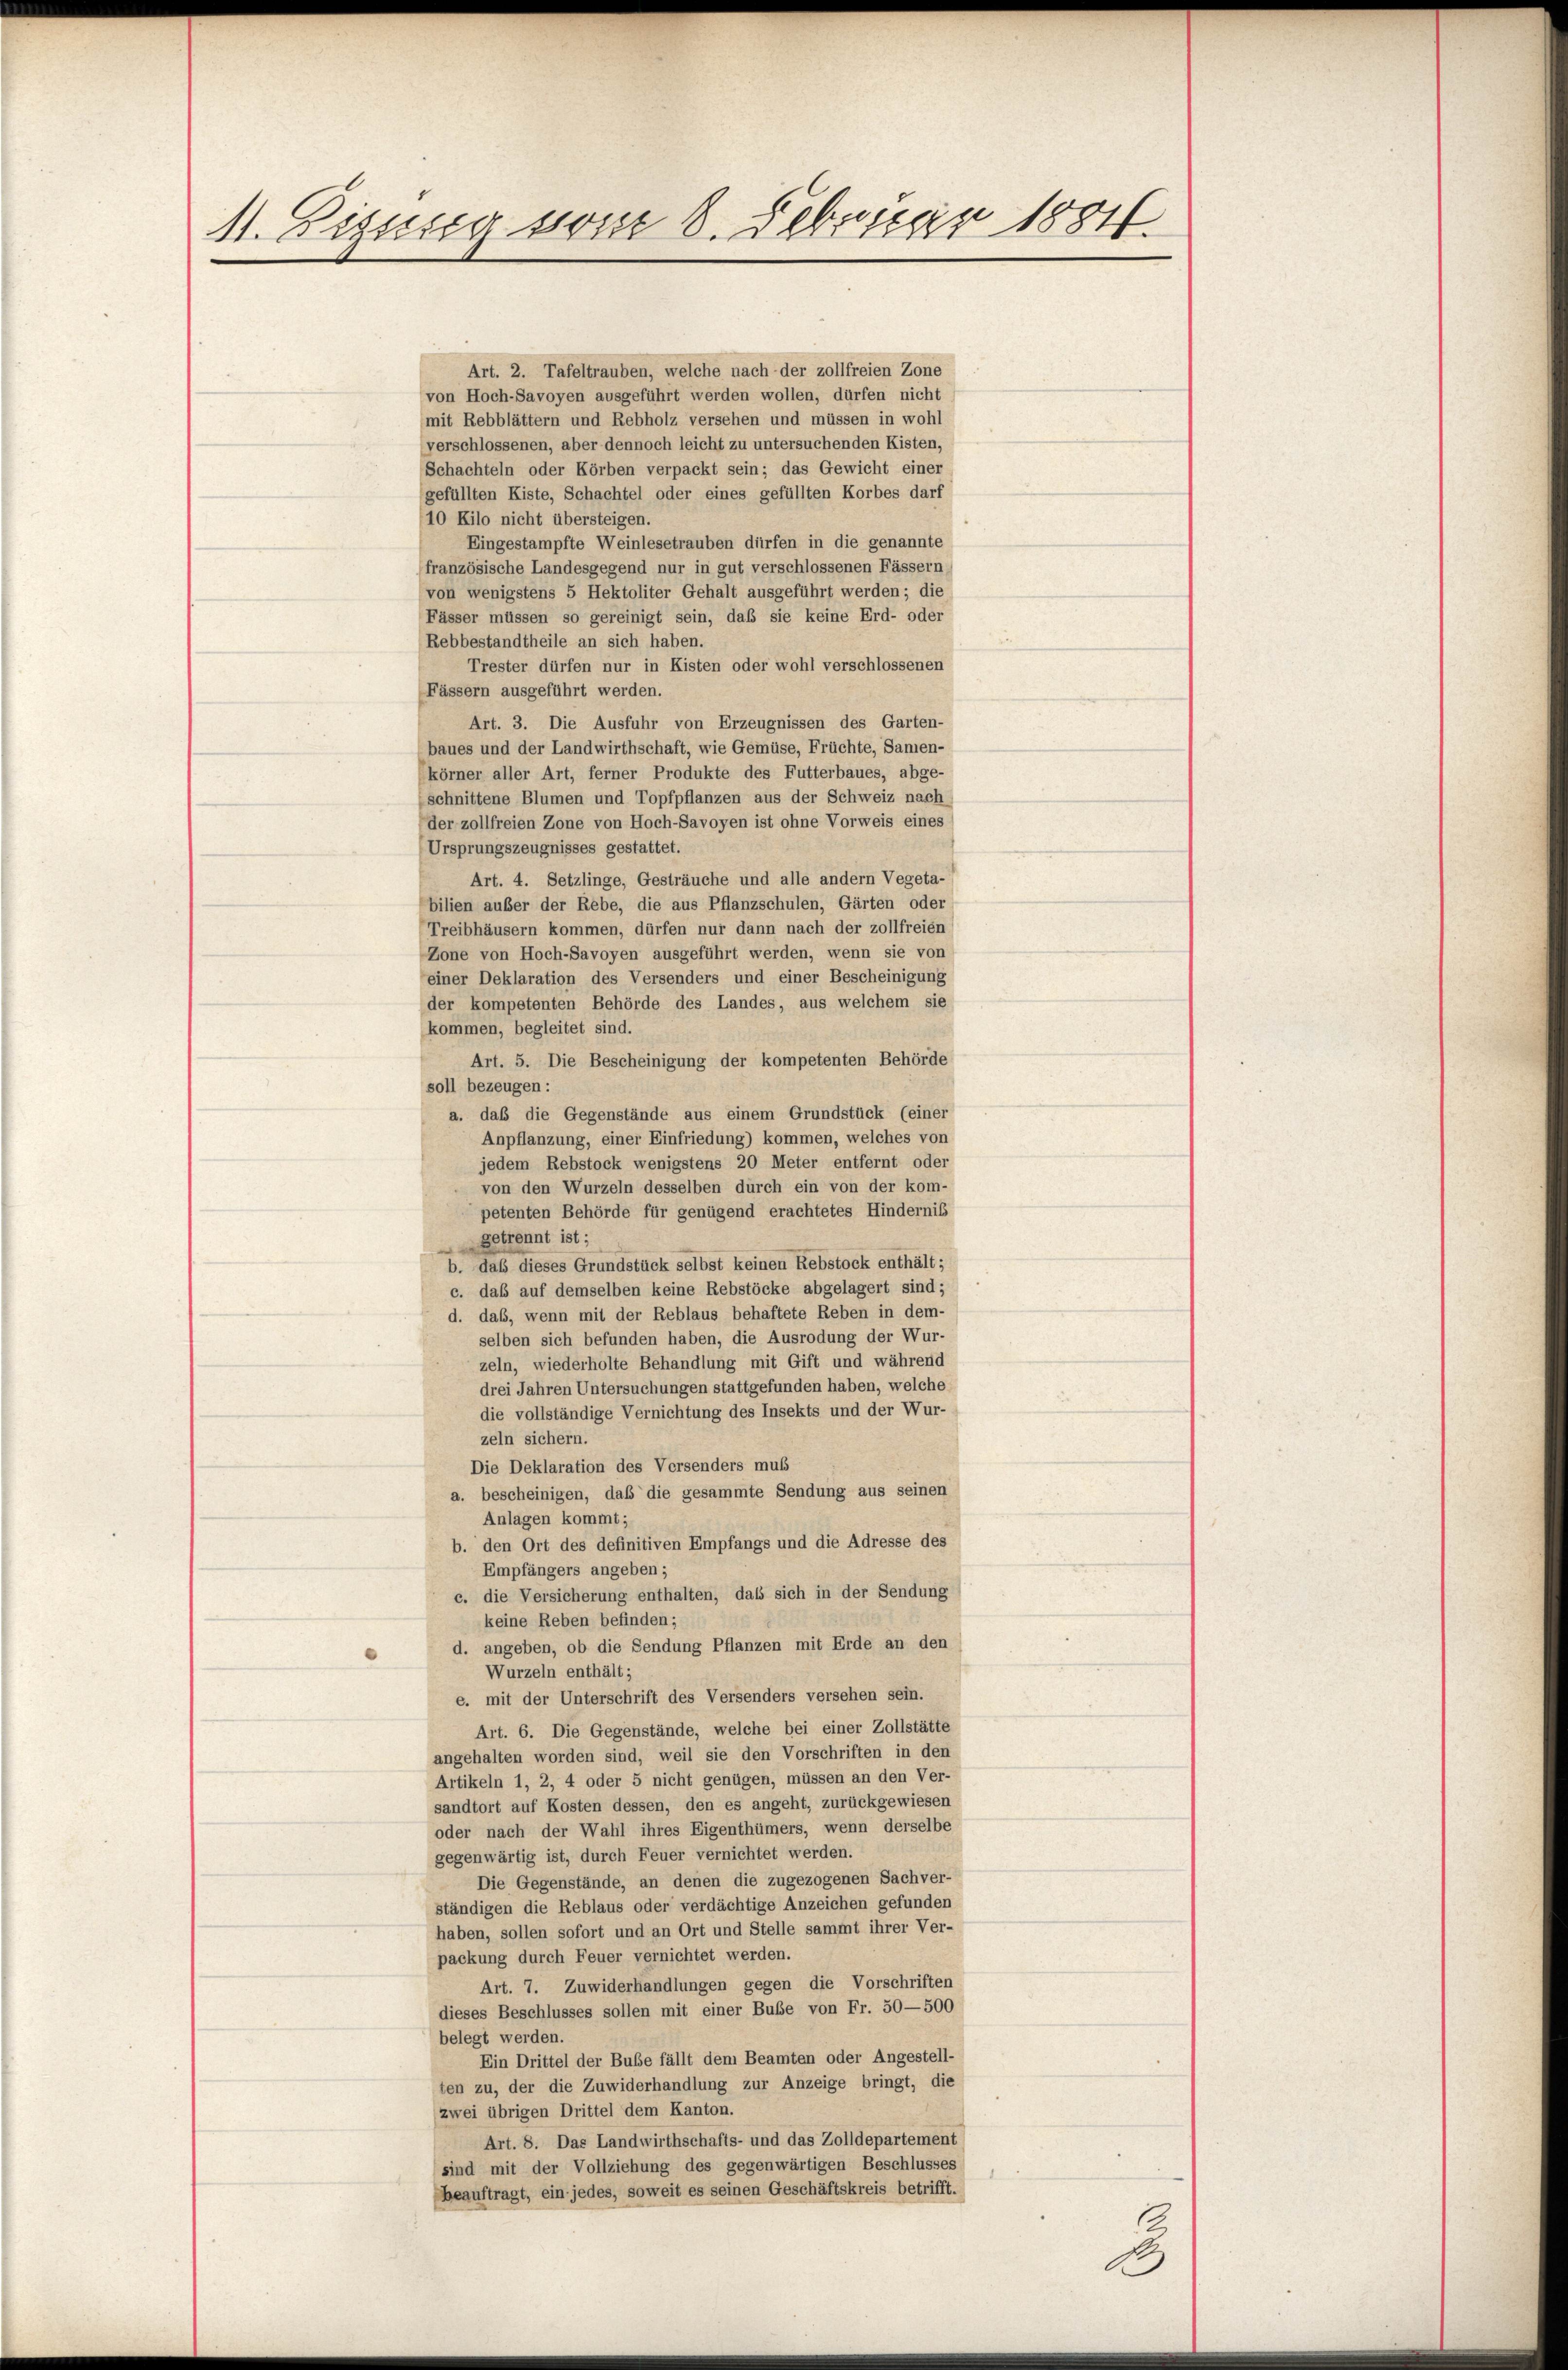
11. Dissessa vom 8. Februar 1884

Art. 2. Tafeltrauben, welche nach der zollfreien Zone
von Hoch-Savoyen ausgeführt werden wollen, dürfen nicht
mit Rebblättern und Rebholz versehen und müssen in wohl
verschlossenen, aber dennoch leicht zu untersuchenden Kisten,
Schachteln oder Körben verpackt sein; das Gewicht einer
gefüllten Kiste, Schachtel oder eines gefüllten Korbes darf
10 Kilo nicht übersteigen.
Eingestampfte Weinlesetrauben dürfen in die genannte
französische Landesgegend nur in gut verschlossenen Fässern
von wenigstens 5 Hektoliter Gehalt ausgeführt werden; die
Fässer müssen so gereinigt sein, daß sie keine Erd- oder
Rebbestandtheile an sich haben.
Trester dürfen nur in Kisten oder wohl verschlossenen
Fässern ausgeführt werden.
Art. 3. Die Ausfuhr von Erzeugnissen des Garten-
baues und der Landwirthschaft, wie Gemüse, Früchte, Samen-
körner aller Art, ferner Produkte des Futterbaues, abge-
schnittene Blumen und Topfpflanzen aus der Schweiz nach
kommen, begleitet sind.
soll bezeugen:
d. angeben, ob die Sendung Pflanzen mit Erde an den
Wurzeln enthält;
e. mit der Unterschrift des Versenders versehen sein.
Art. 6. Die Gegenstände, welche bei einer Zollstätte
angehalten worden sind, weil sie den Vorschriften in den
Artikeln 1, 2, 4 oder 5 nicht genügen, müssen an den Ver-
sandtort auf Kosten dessen, den es angeht, zurückgewiesen
oder nach der Wahl ihres Eigenthümers, wenn derselbe
gegenwärtig ist, durch Feuer vernichtet werden.
Die Gegenstände, an denen die zugezogenen Sachver-
ständigen die Reblaus oder verdächtige Anzeichen gefunden
haben, sollen sofort und an Ort und Stelle sammt ihrer Ver-
packung durch Feuer vernichtet werden.
Art. 7. Zuwiderhandlungen gegen die Vorschriften
dieses Beschlusses sollen mit einer Buße von Fr. 50—500
belegt werden.
Ein Drittel der Buße fällt dem Beamten oder Angestell-
ten zu, der die Zuwiderhandlung zur Anzeige bringt, die
zwei übrigen Drittel dem Kanton.
Art. 8. Das Landwirthschafts- und das Zolldepartement
sind mit der Vollziehung des gegenwärtigen Beschlusses
beauftragt, ein jedes, soweit es seinen Geschäftskreis betrifft.

der zollfreien Zone von Hoch-Savoyen ist ohne Vorweis eines
Ursprungszeugnisses gestattet.
Art. 4. Setzlinge, Gesträuche und alle andern Vegeta-
bilien außer der Rebe, die aus Pflanzschulen, Gärten oder
Treibhäusern kommen, dürfen nur dann nach der zollfreien
Zone von Hoch-Savoyen ausgeführt werden, wenn sie von
einer Deklaration des Versenders und einer Bescheinigung
der kompetenten Behörde des Landes, aus welchem sie
Art. 5. Die Bescheinigung der kompetenten Behörde
a. daß die Gegenstände aus einem Grundstück (einer
Anpflanzung, einer Einfriedung) kommen, welches von
jedem Rebstock wenigstens 20 Meter entfernt oder
von den Wurzeln desselben durch ein von der kom-
petenten Behörde für genügend erachtetes Hindernis
getrennt ist;
b. das dieses Grundstück selbst keinen Rebstock enthält;
c. das auf demselben keine Rebstöcke abgelagert sind;
d. das, wenn mit der Reblaus behaftete Reben in dem-
selben sich befunden haben, die Ausrodung der Wur-
zeln, wiederholte Behandlung mit Gift und während
drei Jahren Untersuchungen stattgefunden haben, welche
die vollständige Vernichtung des Insekts und der Wur-
zeln sichern.
Die Deklaration des Versenders mus
a. bescheinigen, daß die gesammte Sendung aus seinen
Anlagen kommt;
b. den Ort des definitiven Empfangs und die Adresse des
Empfängers angeben;
c. die Versicherung enthalten, das sich in der Sendung
keine Reben befinden;

J.
e